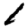
Digit: 1